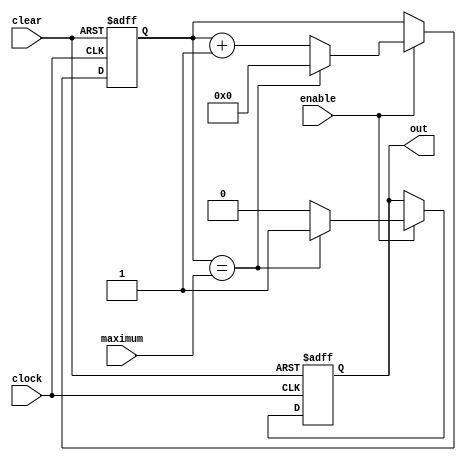
module rate_divider(enable, clock, clear, maximum, out);
    input enable, clock, clear;
    input[27:0] maximum;
    output reg out;
    reg[27:0] counter;

    always @(posedge clock, negedge clear)
        begin
            if(clear == 1'b0)
                begin
                    out <= 1'b0;
                    counter <= 28'b0;
                end
            else if(enable == 1'b1)
                begin
                    if(counter == maximum)
                        begin
                            out <= 1'b1;
                            counter <= 28'b0;
                        end
                    else
                        begin
                            out <= 1'b0;
                            counter <= counter+ 1'b1;
                        end
                end
        end
endmodule